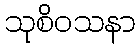
သုစိဝသနာ